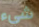
شيء